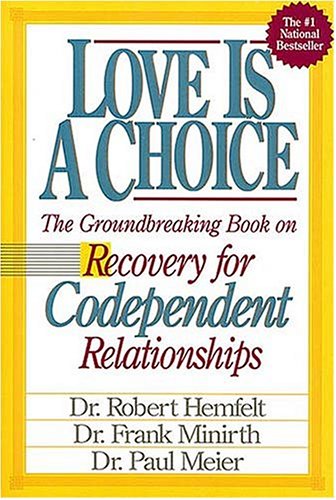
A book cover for Love Is A Choice Recovery for Codependent Relationships; Self-Help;